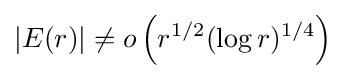
|E(r)|\neq o\left(r^{1/2}(\log r)^{1/4}\right)